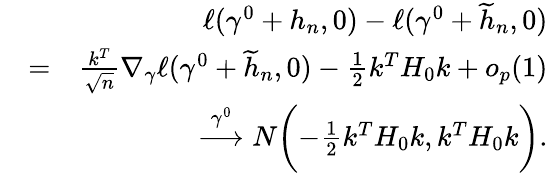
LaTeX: \begin{array}{rlr}&{}&{\ell(\gamma^{0}+h_{n},0)-\ell(\gamma^{0}+\widetilde{h}_{n},0)}\\ &{=}&{\frac{k^{T}}{\sqrt{n}}\nabla_{\gamma}\ell(\gamma^{0}+\widetilde{h}_{n},0)-\frac{1}{2}k^{T}H_{0}k+o_{p}(1)}\\ &{}&{\stackrel{\gamma^{0}}{\longrightarrow}N\biggl(-\frac{1}{2}k^{T}H_{0}k,k^{T}H_{0}k\biggr).}\end{array}